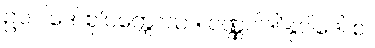
ဥပဝါဒေါ စု’ပက္ကောသာ၊ ဝဏ္ဏဝါဒါ’နုဝါဒေါ စ။